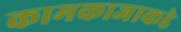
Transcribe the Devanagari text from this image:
कामकाजाकडे